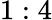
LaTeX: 1:4